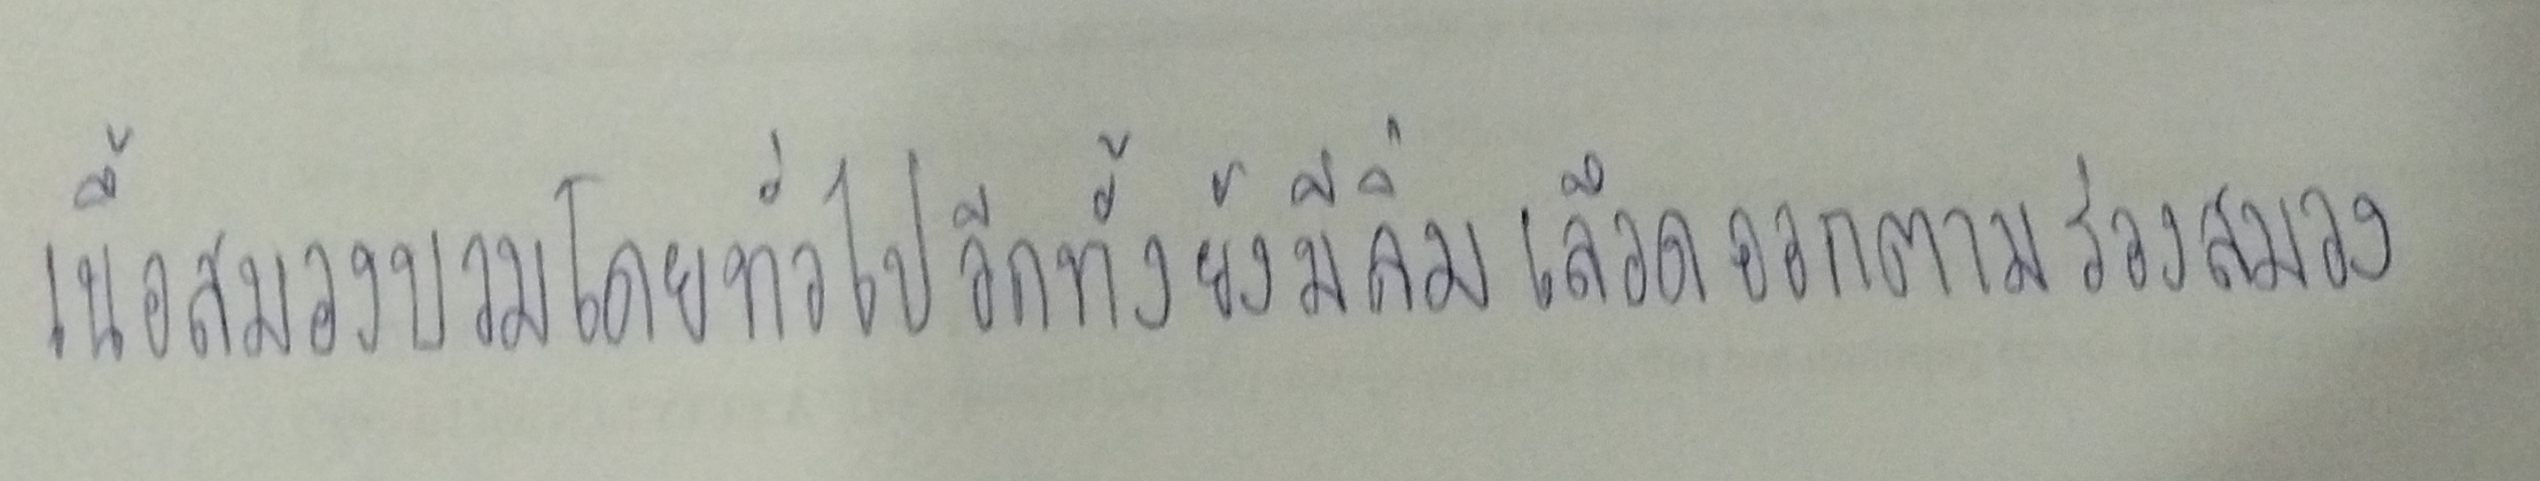
เนื้อสมองบวมโดยทั่วไปอีกทั้งยังมีลิ่มเลือดออกตามร่องสมอง